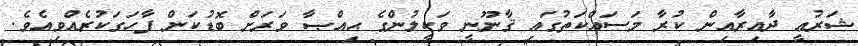
ޝަރުޢީ ދާއިރާއިން ކުރާ މަސައްކަތުގައި ޤާނޫނީ ވަކީލުންގެ ޙިއްޞާ ވަރަށް ބޮޑުކަން ފާހަގަކުރެއްވިއެވެ.